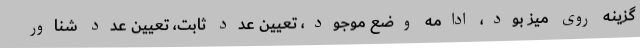
گزینه روی میز بود، ادامه وضع موجود، تعیین عدد ثابت، تعیین عدد شناور